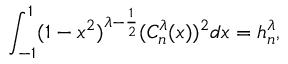
\int _ { - 1 } ^ { 1 } ( 1 - x ^ { 2 } ) ^ { \lambda - \frac { 1 } { 2 } } ( C _ { n } ^ { \lambda } ( x ) ) ^ { 2 } d x = h _ { n } ^ { \lambda } ,